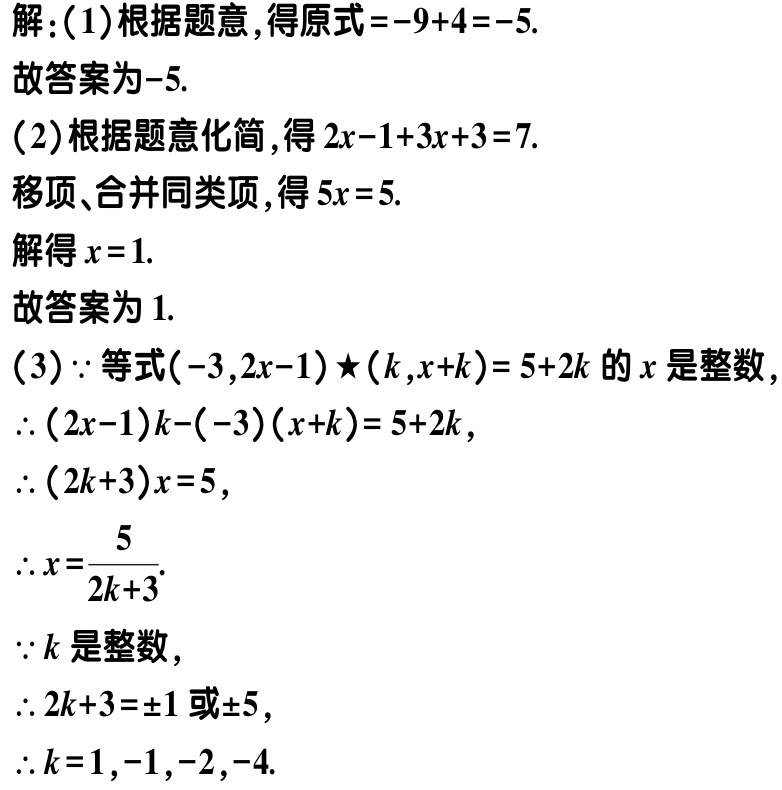
解：(1)根据题意，得原式\(=-9 + 4 = -5\).

故答案为\(-5\).

(2)根据题意化简，得\(2x - 1 + 3x + 3 = 7\).

移项、合并同类项，得\(5x = 5\).

解得\(x = 1\).

故答案为\(1\).

(3)\(\because\)等式\((-3,2x - 1)\star(k,x + k)=5 + 2k\)的\(x\)是整数，

\(\therefore(2x - 1)k - (-3)(x + k)=5 + 2k\)，

\(\therefore(2k + 3)x = 5\)，

\(\therefore x=\frac{5}{2k + 3}\).

\(\because k\)是整数，

\(\therefore 2k + 3 = \pm1\)或\(\pm5\)，

\(\therefore k = 1,-1,-2,-4\).